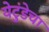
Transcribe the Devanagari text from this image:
येटुंडेचा